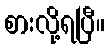
စားလို့ရပြီ။